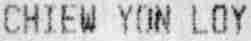
CHIEW YON LOY